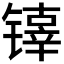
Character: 𰾵